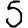
Digit: 5